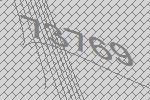
73769